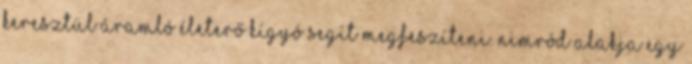
keresztül áramló életerő kígyó segít megfeszíteni. Nimród alakja egy